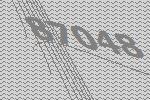
87048